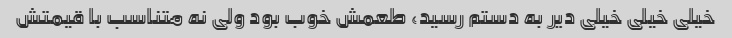
خیلی خیلی خیلی دیر به دستم رسید، طعمش خوب بود ولی نه متناسب با قیمتش